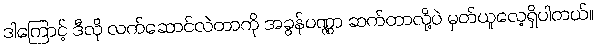
ဒါကြောင့် ဒီလို လက်ဆောင်လဲတာကို အခွန်ပဏ္ဏာ ဆက်တာလို့ပဲ မှတ်ယူလေ့ရှိပါတယ်။